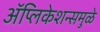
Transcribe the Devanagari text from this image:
अॅप्लिकेशन्समुळे